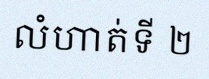
លំហាត់ទី ២